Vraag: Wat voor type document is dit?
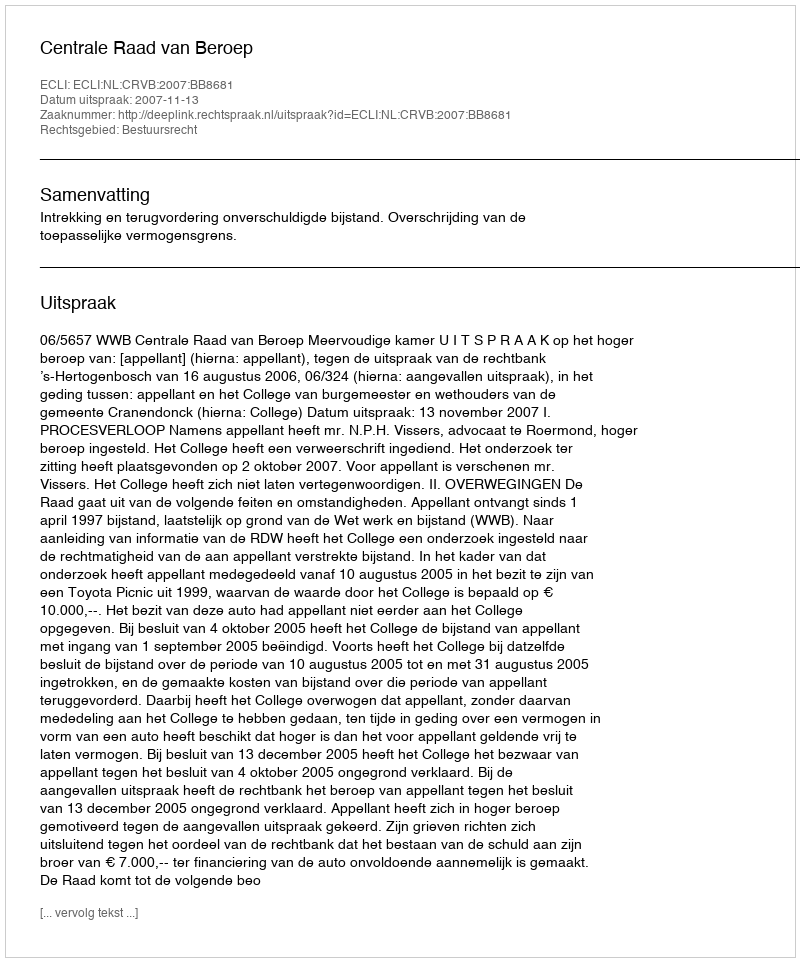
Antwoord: Uitspraak